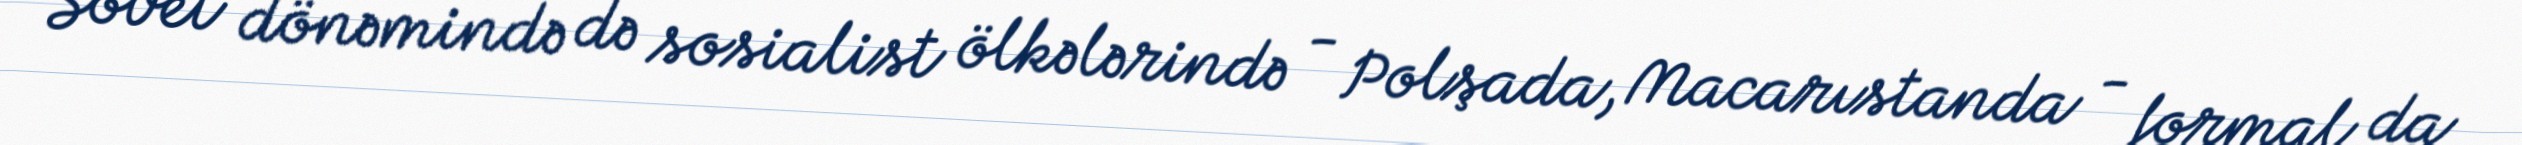
Sovet dönəmində də sosialist ölkələrində - Polşada, Macarıstanda - formal da